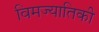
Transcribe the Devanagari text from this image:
विमज्यातिकी